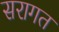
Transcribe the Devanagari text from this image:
सरागत